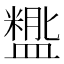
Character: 𬐵